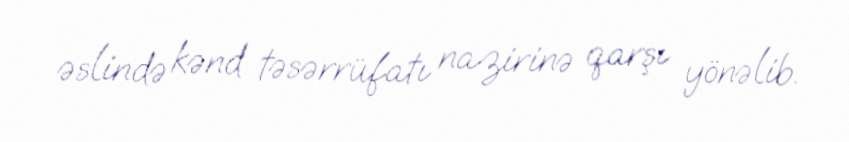
əslində kənd təsərrüfatı nazirinə qarşı yönəlib.